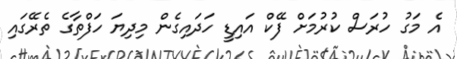
އެ މަގު ހުރަސް ކުރުމަށް ފޭކް އައިޑީ ހަދައިގެން މިދިޔަ ހަފްތާގެ ތެރޭގައި